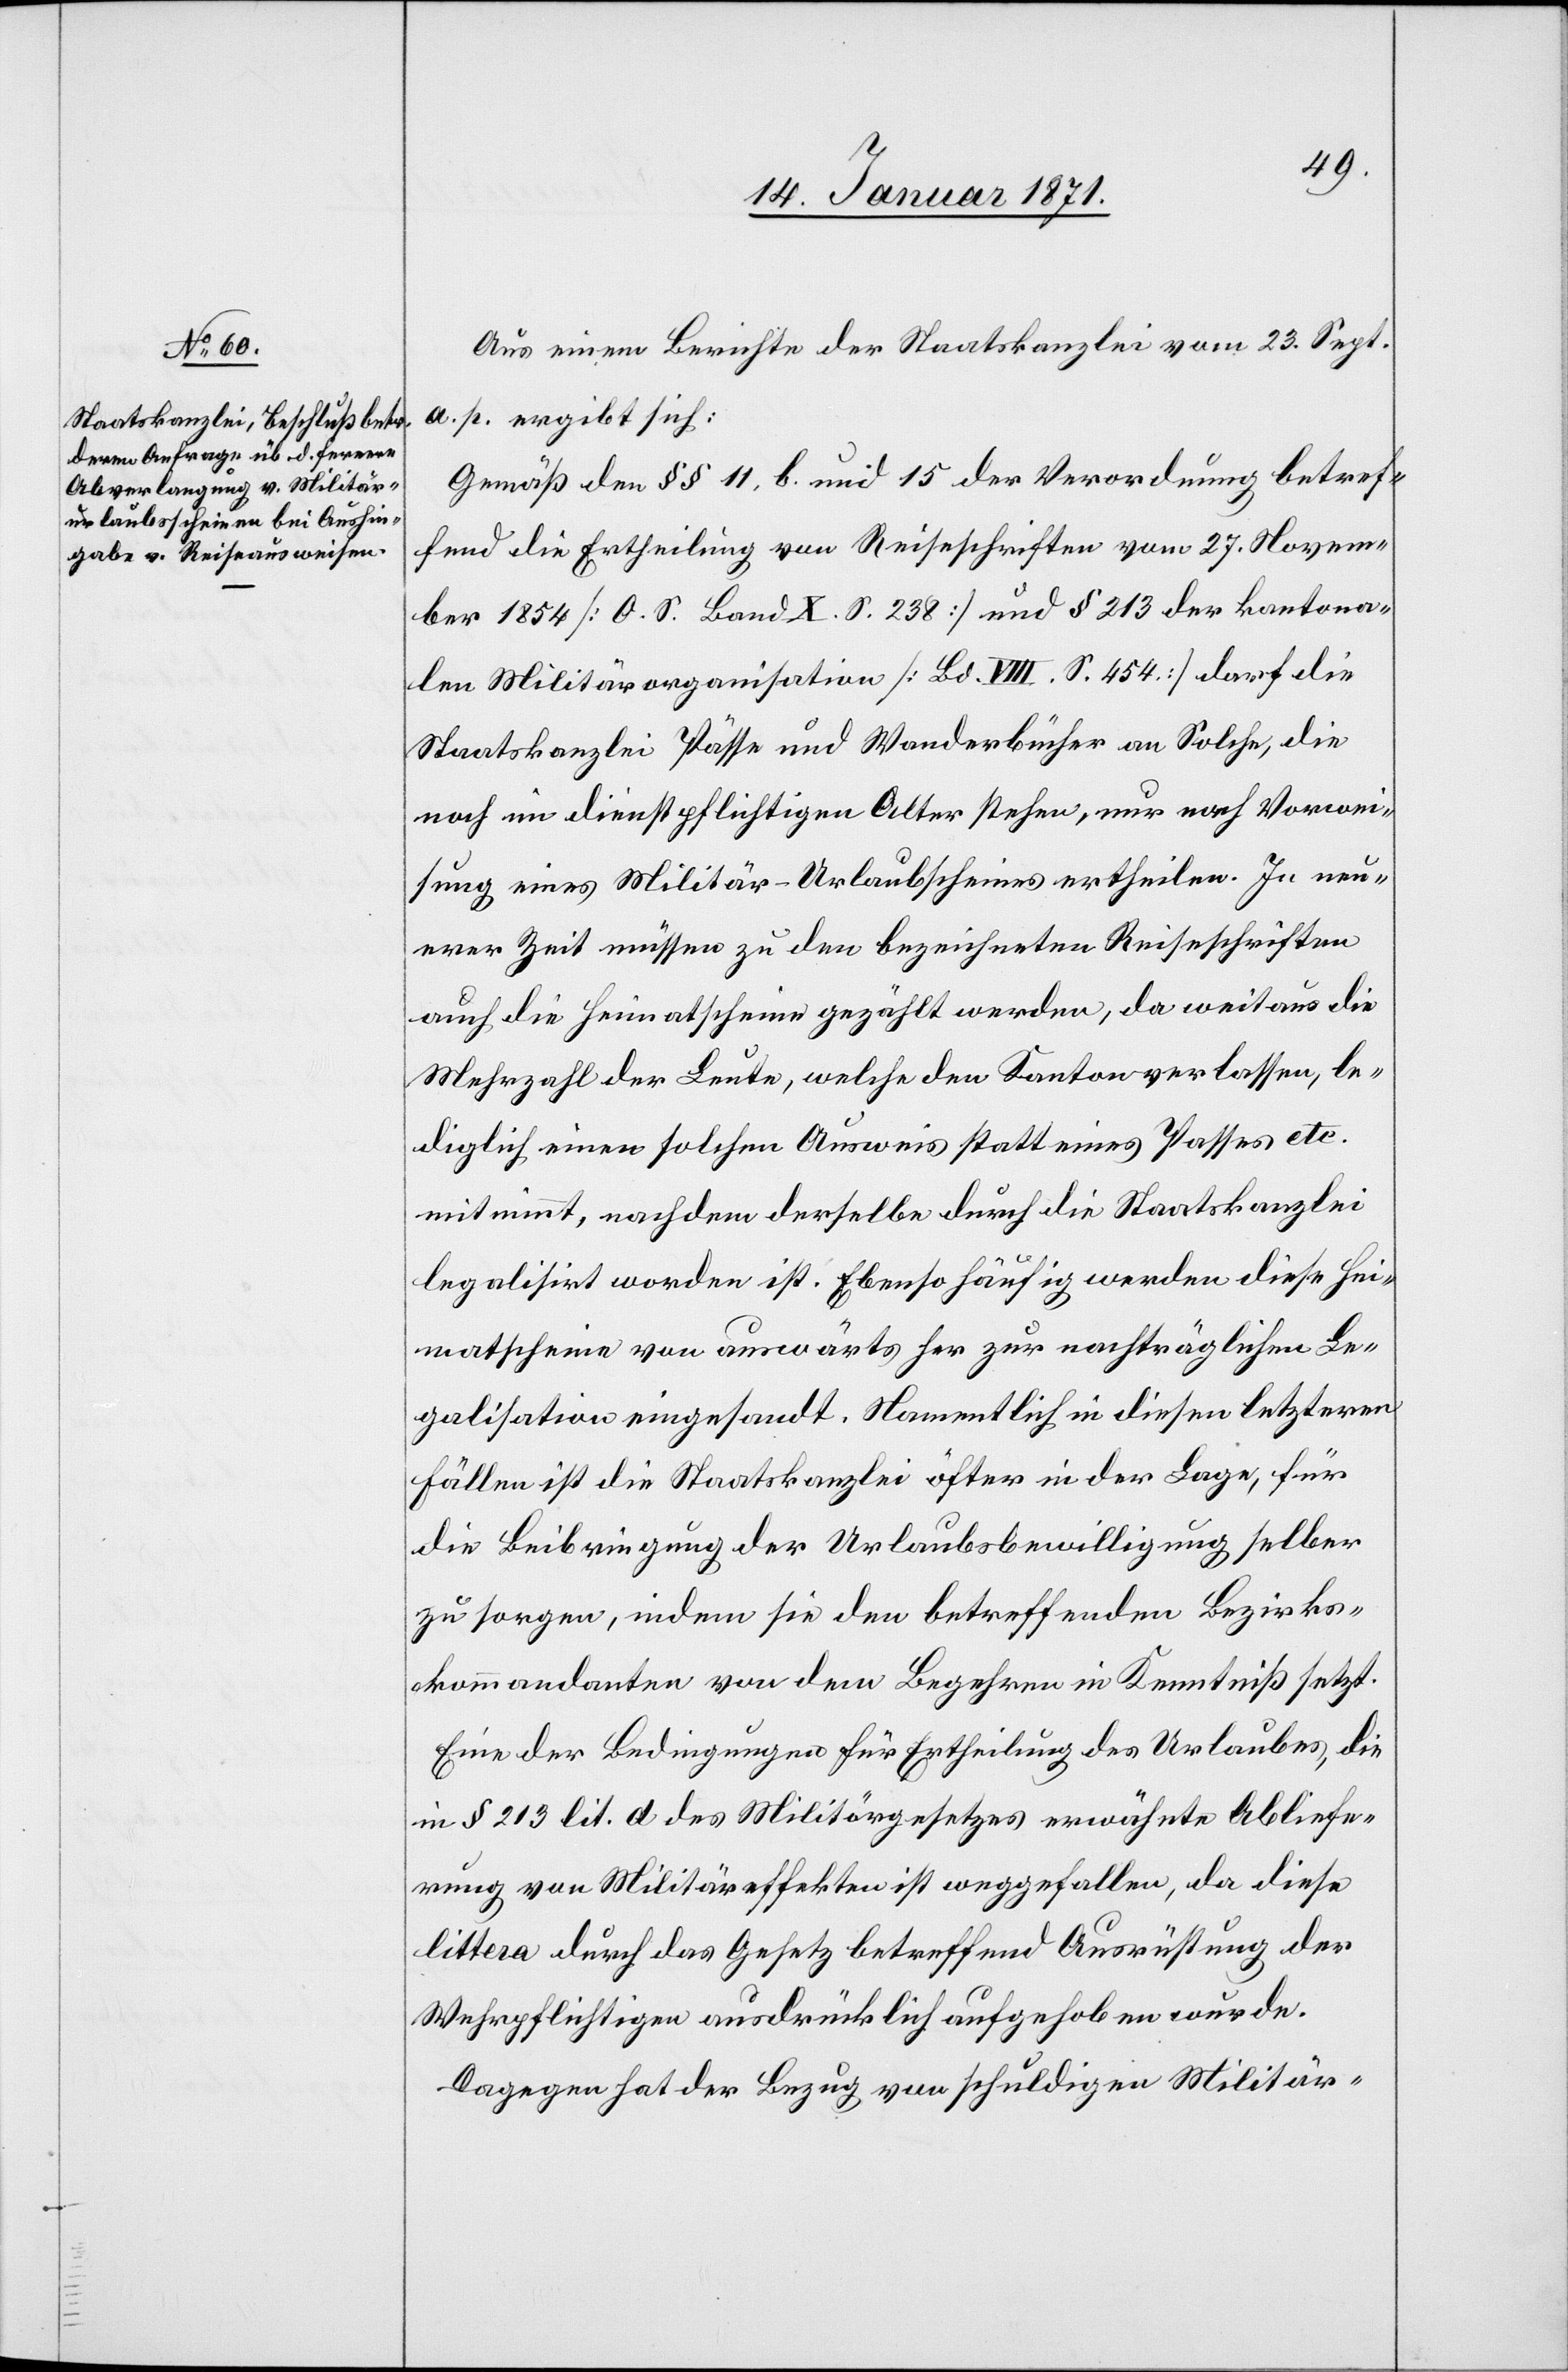
Aus einem Berichte der Staatskanzlei vom 23. Sept.
a. p. ergibt sich:
Gemäß den §§ 11,b. und 15 der Verordnung betref¬
fend die Ertheilung von Reiseschriften vom 27. Novem¬
ber 1854 [O. S. Band X. S. 238] und § 213 der kantona¬
len Militärorganisation [Bd. VIII. S. 454] darf die
Staatskanzlei Pässe und Wanderbücher an Solche, die
noch im dienstpflichtigen Alter stehen, nur nach Vorwei¬
sung eines Militär-Urlaubscheines ertheilen. In neu¬
erer Zeit müssen zu den bezeichneten Reiseschriften
auch die Heimatscheine gezählt werden, da weitaus die
Mehrzahl der Leute, welche den Kanton verlassen, le¬
diglich einen solchen Ausweis statt eines Passes etc.
mitnimmt, nachdem derselbe durch die Staatskanzlei
legalisirt worden ist. Ebenso häufig werden diese Hei¬
matscheine von auswärts her zur nachträglichen Le¬
galisation eingesandt. Namentlich in diesen letzteren
Fällen ist die Staatskanzlei öfter in der Lage, für
die Beibringung der Urlaubsbewilligung selber
zu sorgen, indem sie den betreffenden Bezirks¬
kommandanten von den Begehren in Kenntniß setzt.
Eine der Bedingungen für Ertheilung des Urlaubes, die
in § 213 lit. a des Militärgesetztes erwähnten Abliefe¬
rung von Militäreffekten ist weggefallen, da diese
littera durch das Gesetz betreffend Ausrüstung der
Wehrpflichtigen ausdrücklich aufgehoben werde.
Dagegen hat der Bezug von schuldigen Militär-